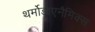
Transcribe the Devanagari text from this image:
थर्मोडाएनैमिक्स